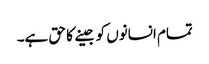
تمام انسانوں کو جینے کا حق ہے۔